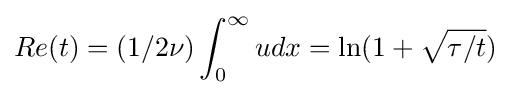
Re(t)=(1/2\nu )\int _{0}^{\infty }udx=\ln(1+{\sqrt {\tau /t}})